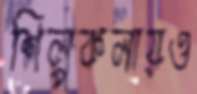
শিল্পকলায়ও